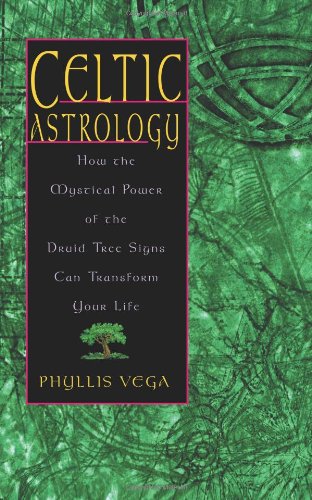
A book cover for Celtic Astrology; Phyllis Vega; Religion & Spirituality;